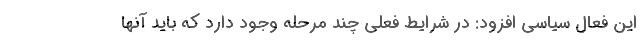
این فعال سیاسی افزود: در شرایط فعلی چند مرحله وجود دارد که باید آنها